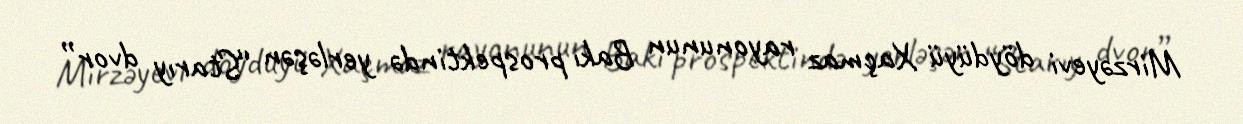
Mirzəyevi döydüyü Xaçmaz rayonunun Bakı prospektində yerləşən “Starıy dvor”